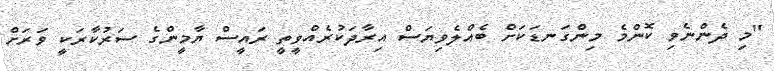
"މި ދެންނެވި ކޮންމެ މިންގަނޑަކަށް ބެއްލެވިޔަސް އިރާދަކުރެއްވީތީ ރައީސް ޔާމީންގެ ސަރުކާރަކީ ވަރަށް